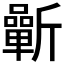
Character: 𣃓